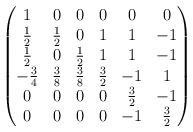
LaTeX: \begin{align*}\begin{pmatrix} 1 & 0 &0&0&0&0 \\ \frac{1}{2}&\frac{1}{2}&0&1&1&-1 \\ \frac{1}{2}&0&\frac{1}{2}&1&1&-1 \\ -\frac{3}{4}&\frac{3}{8}&\frac{3}{8}&\frac{3}{2}&-1&1 \\ 0 &0 &0 & 0&\frac{3}{2}&-1 \\ 0 &0 &0 & 0 &-1&\frac{3}{2} \end{pmatrix}\end{align*}